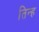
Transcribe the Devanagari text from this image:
तिन्ह